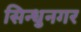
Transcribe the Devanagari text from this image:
सिन्धुनगर